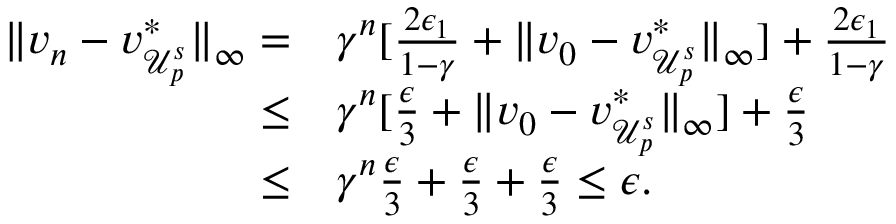
\begin{array} { r l } { \lVert v _ { n } - v _ { \mathcal { U } _ { p } ^ { s } } ^ { * } \rVert _ { \infty } = } & { \gamma ^ { n } [ \frac { 2 \epsilon _ { 1 } } { 1 - \gamma } + \lVert v _ { 0 } - v _ { \mathcal { U } _ { p } ^ { s } } ^ { * } \rVert _ { \infty } ] + \frac { 2 \epsilon _ { 1 } } { 1 - \gamma } } \\ { \leq } & { \gamma ^ { n } [ \frac { \epsilon } { 3 } + \lVert v _ { 0 } - v _ { \mathcal { U } _ { p } ^ { s } } ^ { * } \rVert _ { \infty } ] + \frac { \epsilon } { 3 } } \\ { \leq } & { \gamma ^ { n } \frac { \epsilon } { 3 } + \frac { \epsilon } { 3 } + \frac { \epsilon } { 3 } \leq \epsilon . } \end{array}